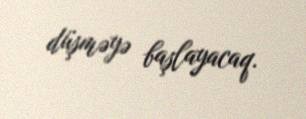
düşməyə başlayacaq.